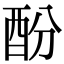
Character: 酚